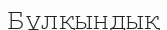
Бұлқындық